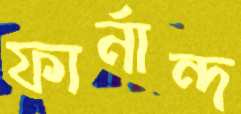
ফার্নান্দ